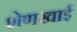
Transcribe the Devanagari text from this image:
शेणखाई